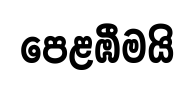
පෙළඹීමයි